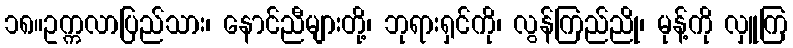
၁၈။ဥက္ကလာပြည်သား၊ နောင်ညီများတို့၊ ဘုရားရှင်ကို၊ လွန်ကြည်ညို၊ မုန့်ကို လှူကြ